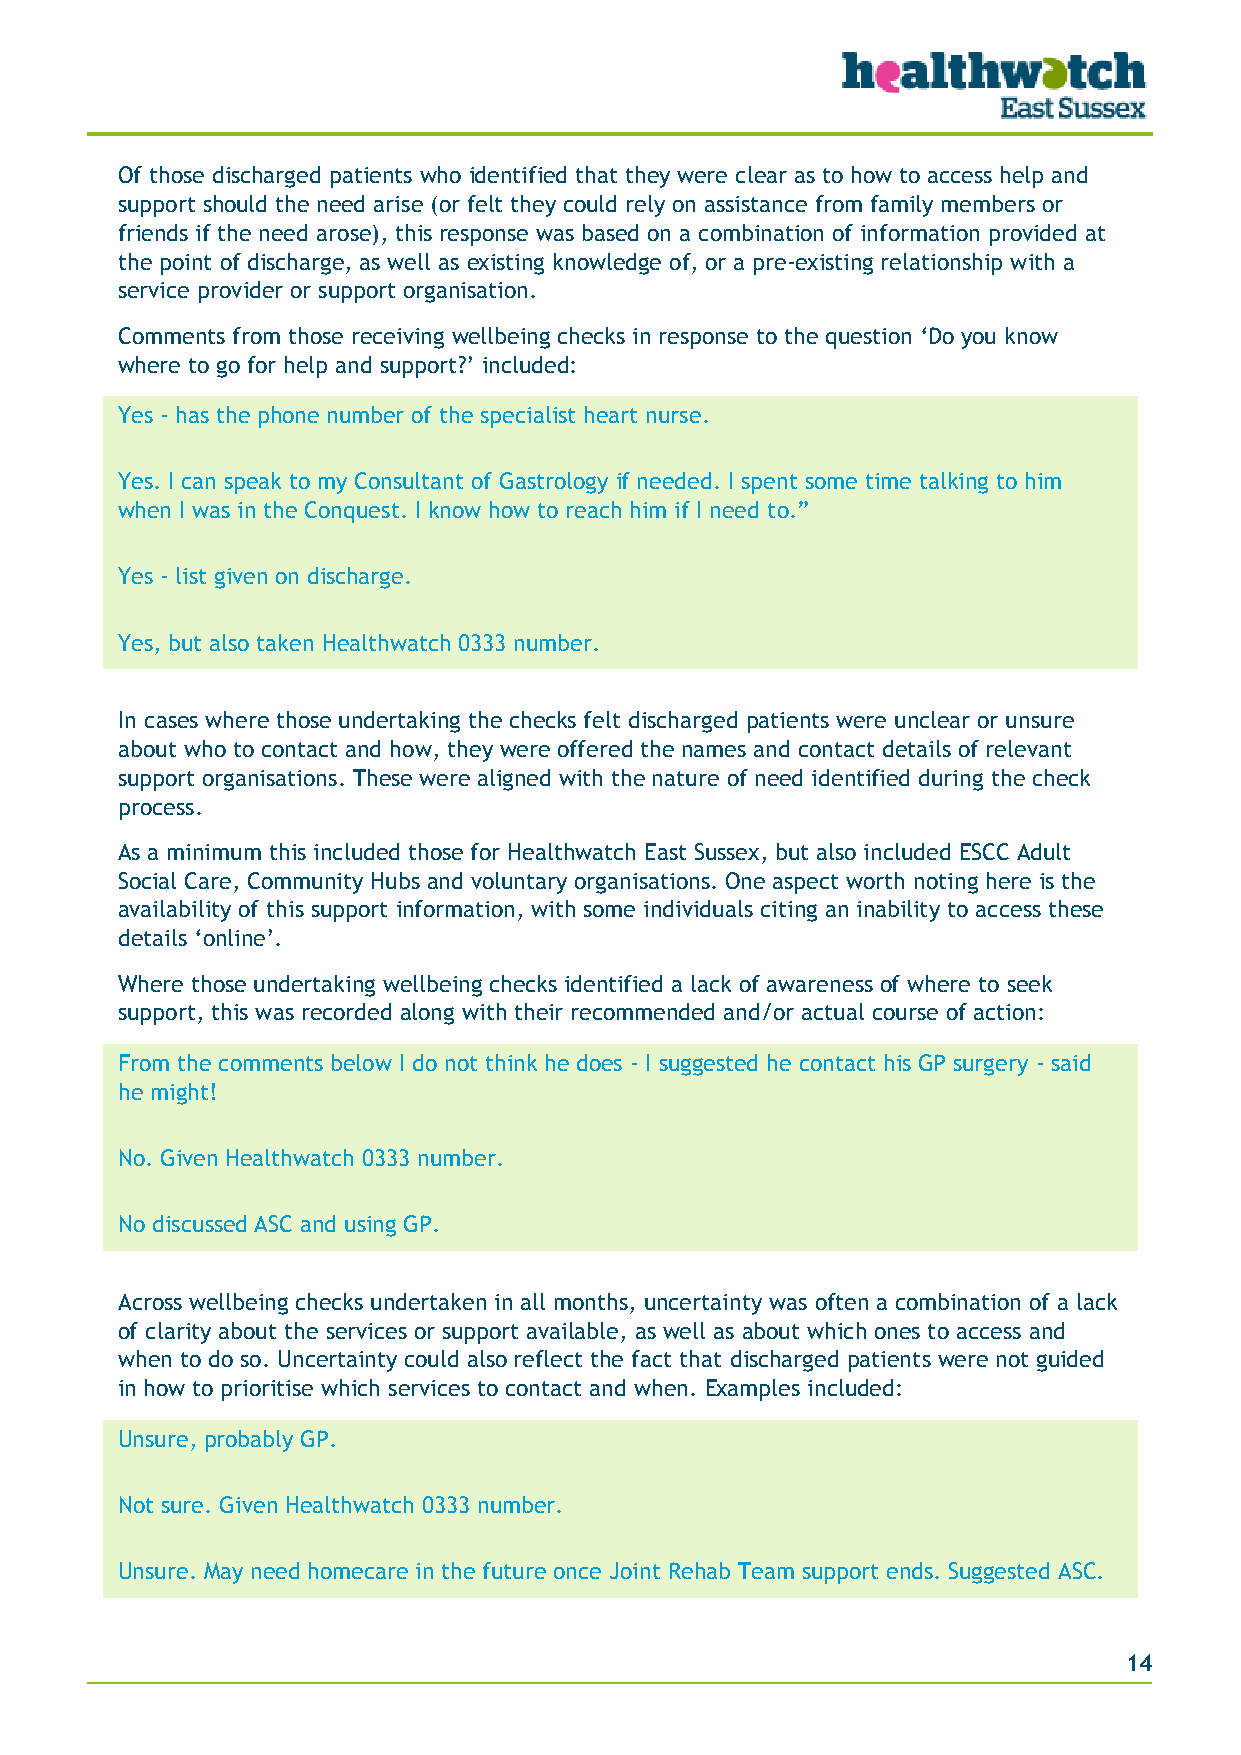
Of those discharged patients who identified that they were clear as to how to access help and
 support should the need arise (or felt they could rely on assistance from family members or
 friends if the need arose), this response was based on a combination of information provided at
 the point of discharge, as well as existing knowledge of, or a pre-existing relationship with a
 service provider or support organisation.
 Comments from those receiving wellbeing checks in response to the question ‘Do you know
 where to go for help and support?’ included:
 Yes - has the phone number of the specialist heart nurse.
 Yes. I can speak to my Consultant of Gastrology if needed. I spent some time talking to him
 when I was in the Conquest. I know how to reach him if I need to.”
 Yes - list given on discharge.
 Yes, but also taken Healthwatch 0333 number.
 In cases where those undertaking the checks felt discharged patients were unclear or unsure
 about who to contact and how, they were offered the names and contact details of relevant
 support organisations. These were aligned with the nature of need identified during the check
 process.
 As a minimum this included those for Healthwatch East Sussex, but also included ESCC Adult
 Social Care, Community Hubs and voluntary organisations. One aspect worth noting here is the
 availability of this support information, with some individuals citing an inability to access these
 details ‘online’.
 Where those undertaking wellbeing checks identified a lack of awareness of where to seek
 support, this was recorded along with their recommended and/or actual course of action:
 From the comments below I do not think he does - I suggested he contact his GP surgery - said
 he might!
 No. Given Healthwatch 0333 number.
 No discussed ASC and using GP.
 Across wellbeing checks undertaken in all months, uncertainty was often a combination of a lack
 of clarity about the services or support available, as well as about which ones to access and
 when to do so. Uncertainty could also reflect the fact that discharged patients were not guided
 in how to prioritise which services to contact and when. Examples included:
 Unsure, probably GP.
 Not sure. Given Healthwatch 0333 number.
 Unsure. May need homecare in the future once Joint Rehab Team support ends. Suggested ASC.
 14